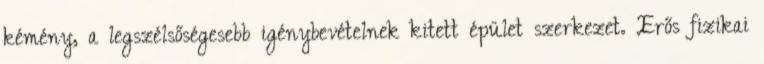
kémény, a legszélsőségesebb igénybevételnek kitett épület szerkezet. Erős fizikai